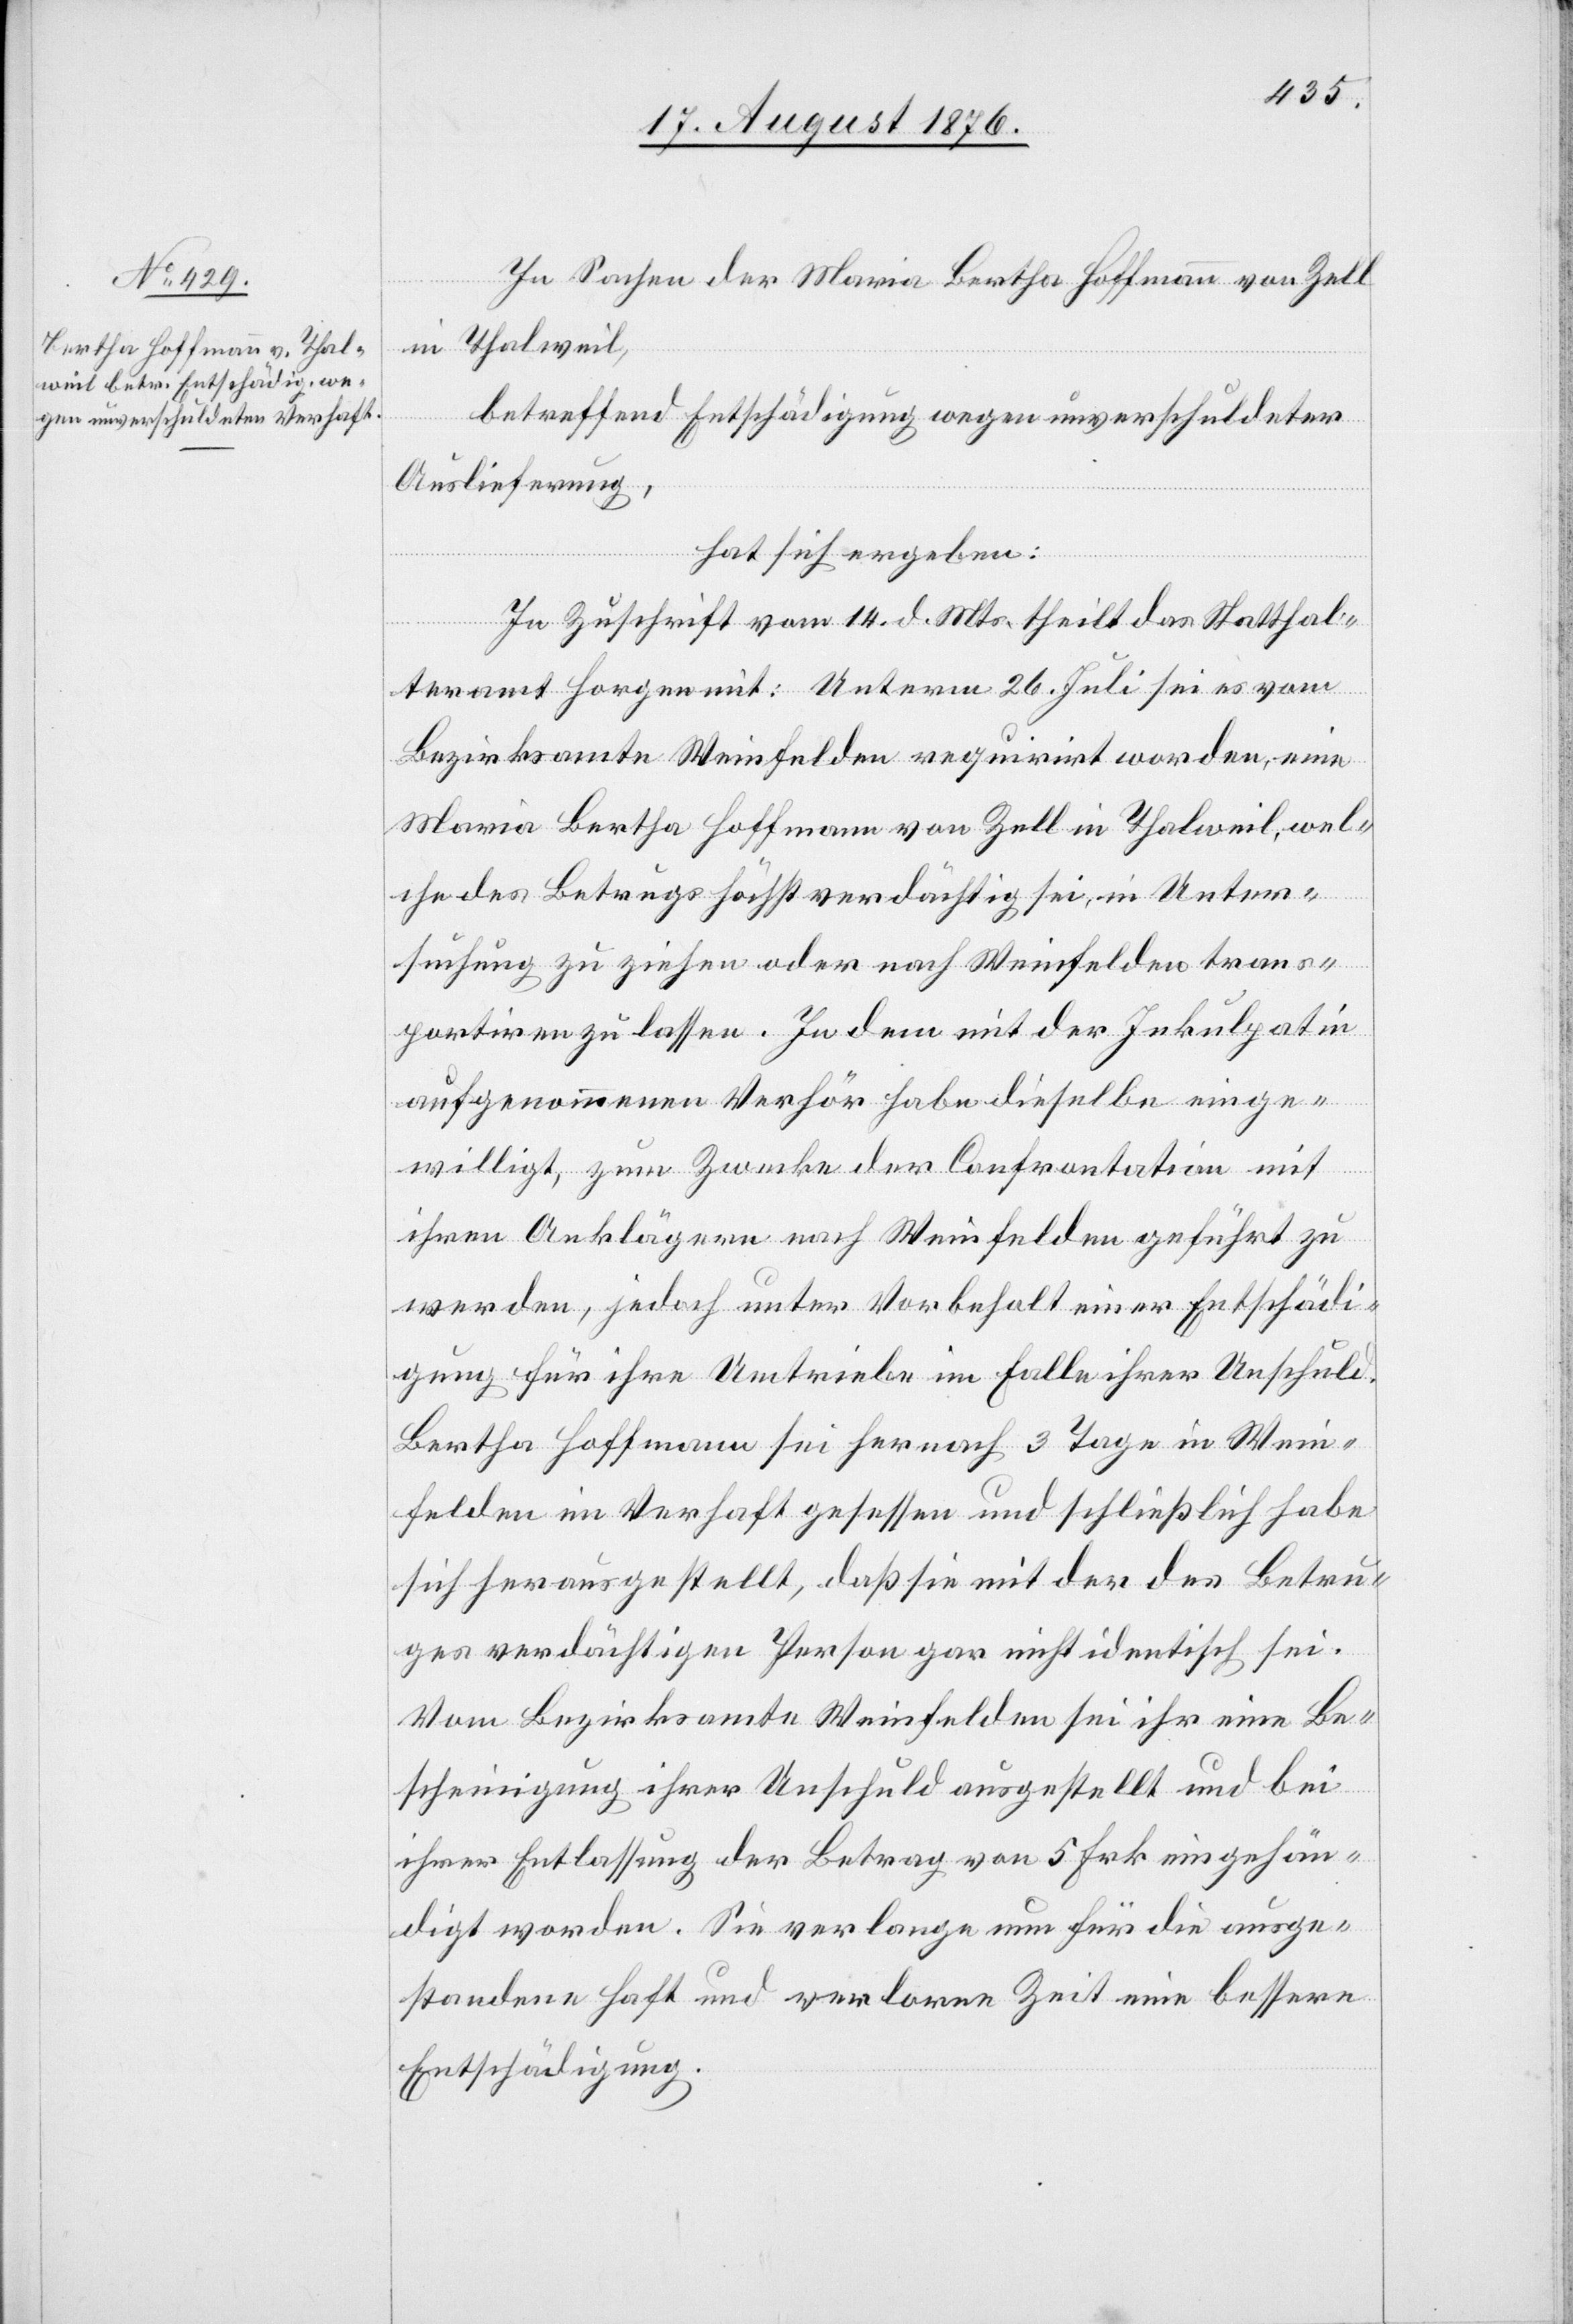
In Sachen der Maria Bertha Hoffmann von Zell
in Thalweil,
betreffend Entschädigung wegen unverschuldeter
Auslieferung,
hat sich ergeben:
In Zuschrift vom 14. d. Mts. theilt das Statthal¬
teramt Horgen mit: Unterm 26. Juli sei es vom
Bezirksamte Weinfelden requirirt worden, eine
Maria Bertha Hoffmann von Zell in Thalweil, wel¬
che des Betrugs höchst verdächtig sei, in Unter¬
suchung zu ziehen oder nach Weinfelden trans¬
portiren zu lassen. In dem mit der Inkulpatin
aufgenommenen Verhör habe dieselbe einge¬
willigt, zum Zwecke der Confrontation mit
ihren Anklägern nach Weinfelden geführt zu
werden, jedoch unter Vorbehalt einer Entschädi¬
gung für ihre Umtriebe im Falle ihrer Unschuld.
Bertha Hoffmann sei hernach 3 Tage in Wein¬
felden im Verhaft gesessen und schließlich habe
sich herausgestellt, da sie mit der des Betru¬
ges verdächtigen Person gar nicht identisch sei.
Vom Bezirksamte Weinfelden sei ihr eine Be¬
scheinigung ihrer Unschuld ausgestellt und bei
ihrer Entlassung der Betrag von 5 Frk. eingehän¬
digt worden. Sie verlange nun für die ausge¬
standene Haft und verlorene Zeit eine bessere
Entschädigung.